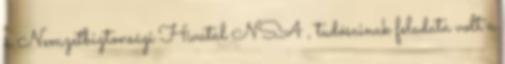
a Nemzetbiztonsági Hivatal NSA , tudósainak feladata volt a